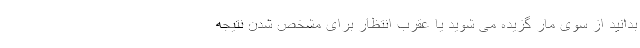
بدانید از سوی مار گزیده می شوید یا عقرب انتظار برای مشخص شدن نتیجه